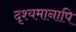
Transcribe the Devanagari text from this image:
दृश्यमानापि